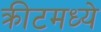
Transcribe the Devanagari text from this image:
क्रीटमध्ये